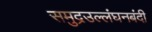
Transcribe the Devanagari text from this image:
समुद्रउल्लंघनबंदी